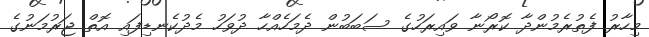
މިހާރު ފެތުރެމުންދާ ކޮރޯނާ ވައިރަހުގެ ސަބަބުން ދެމަހެއްހާ ދުވަހު މެދުކެނޑިފައި އޮތް ޖަރުމަނުގެ